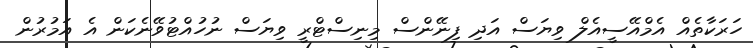
ހަރަކާތެއް އެމްއޭސީއެލް ވިޔަސް އަދި ފިނޭންސް މިނިސްޓްރީ ވިޔަސް ނުހުއްޓުވޭނެކަން އެ އަމުރުން